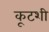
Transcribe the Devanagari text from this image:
कूटशी